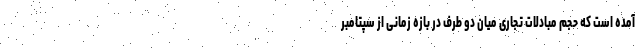
آمده است که حجم مبادلات تجاری میان دو طرف در بازه زمانی از سپتامبر